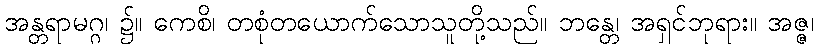
အန္တရာမဂ္ဂ၊ ၌။ ကေစိ၊ တစုံတယောက်သောသူတို့သည်။ ဘန္တေ၊ အရှင်ဘုရား။ အဇ္ဇ၊